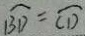
\widehat { B D } = \overline { C D }